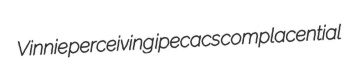
Vinnie perceiving ipecacs complacential